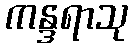
ကန္ဒရာသု